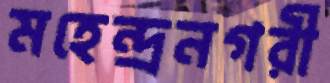
মহেন্দ্রনগরী